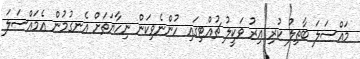
މައްސަލަ ބާތިލު ކުރި އިރު ވަކީލު ޗުއްޓިގައި ހުންނެވިކަން ނިހާޔަތަށް އެނގުމުން އެމައްސަލަ